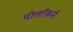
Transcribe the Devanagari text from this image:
पोलॉकने